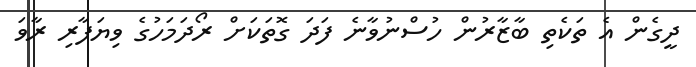
ދީގެން އެ ތަކެތި ބާޒާރުން ހުސްނުވާނެ ފަދަ ގޮތަކަށް ރޯދަމަހުގެ ވިޔަފާރި ރާވަ